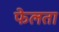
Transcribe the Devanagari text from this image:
फेलता